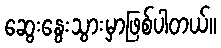
ဆွေးနွေးသွားမှာဖြစ်ပါတယ်။